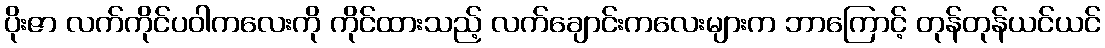
ပိုးဇာ လက်ကိုင်ပဝါကလေးကို ကိုင်ထားသည့် လက်ချောင်းကလေးများက ဘာကြောင့် တုန်တုန်ယင်ယင်